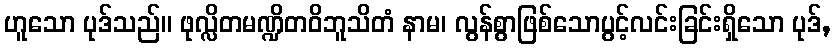
ဟူသော ပုဒ်သည်။ ဖုလ္လိတမဏ္ဍိတဝိဘူသိတံ နာမ၊ လွန်စွာဖြစ်သောပွင့်လင်းခြင်းရှိသော ပုဒ်,